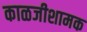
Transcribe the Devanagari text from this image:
काळजीशामक